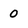
Character: 0